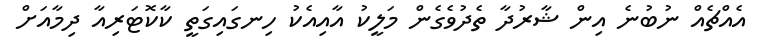
އެއްޗެއް ނުބުނެ އިން ޝާރުދާ ތެދުވެގެން މަލީކު އާއިއެކު ހިނގައިގަތީ ކާކޮޓަރިއާ ދިމާއަށް